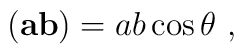
({\bf ab}) = ab\cos{\theta} ~,